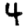
Digit: 4